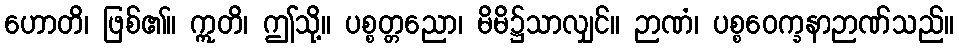
ဟောတိ၊ ဖြစ်၏။ ဣတိ၊ ဤသို့။ ပစ္စတ္တညော၊ မိမိ၌သာလျှင်။ ဉာဏံ၊ ပစ္စဝေက္ခနာဉာဏ်သည်။